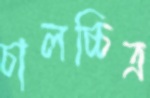
চালচ্চিত্র